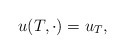
\begin{align*}u( T,\cdot) =u_{T},\end{align*}